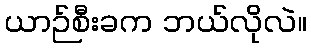
ယာဉ်စီးခက ဘယ်လိုလဲ။